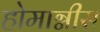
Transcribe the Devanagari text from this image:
होमाग्नीस